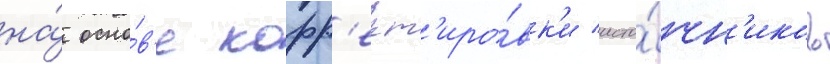
на́ осно́в'е корр'ект'иро́вк'и исто́чн'иков